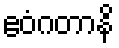
ဧဝံဂတာနိ